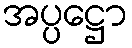
အပ္ပဋ္ဌော